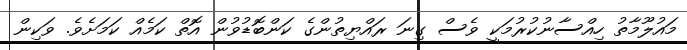
މައުލޫމާތު ހިއްސާނުކުރުމަކީ ވެސް ގިނަ ރައްޔިތުންގެ ކަންބޮޑުވުން އޮތް ކަމެއް ކަމަށެވެ. ވަކިން